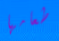
طعامها